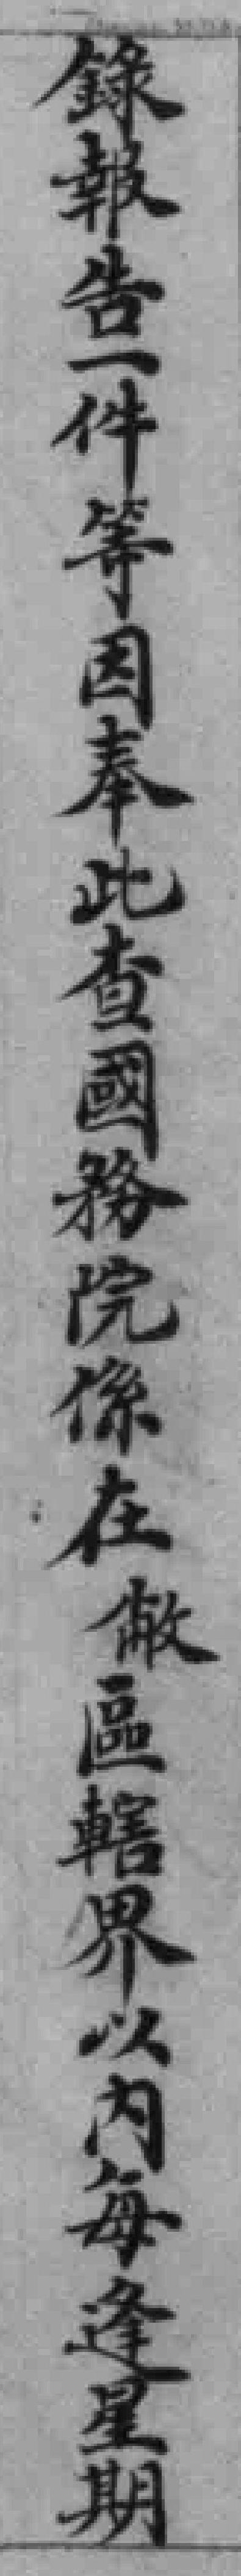
錄報告一件等因奉此查國務院係在敝區轄界以內每逢星期